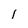
Character: l